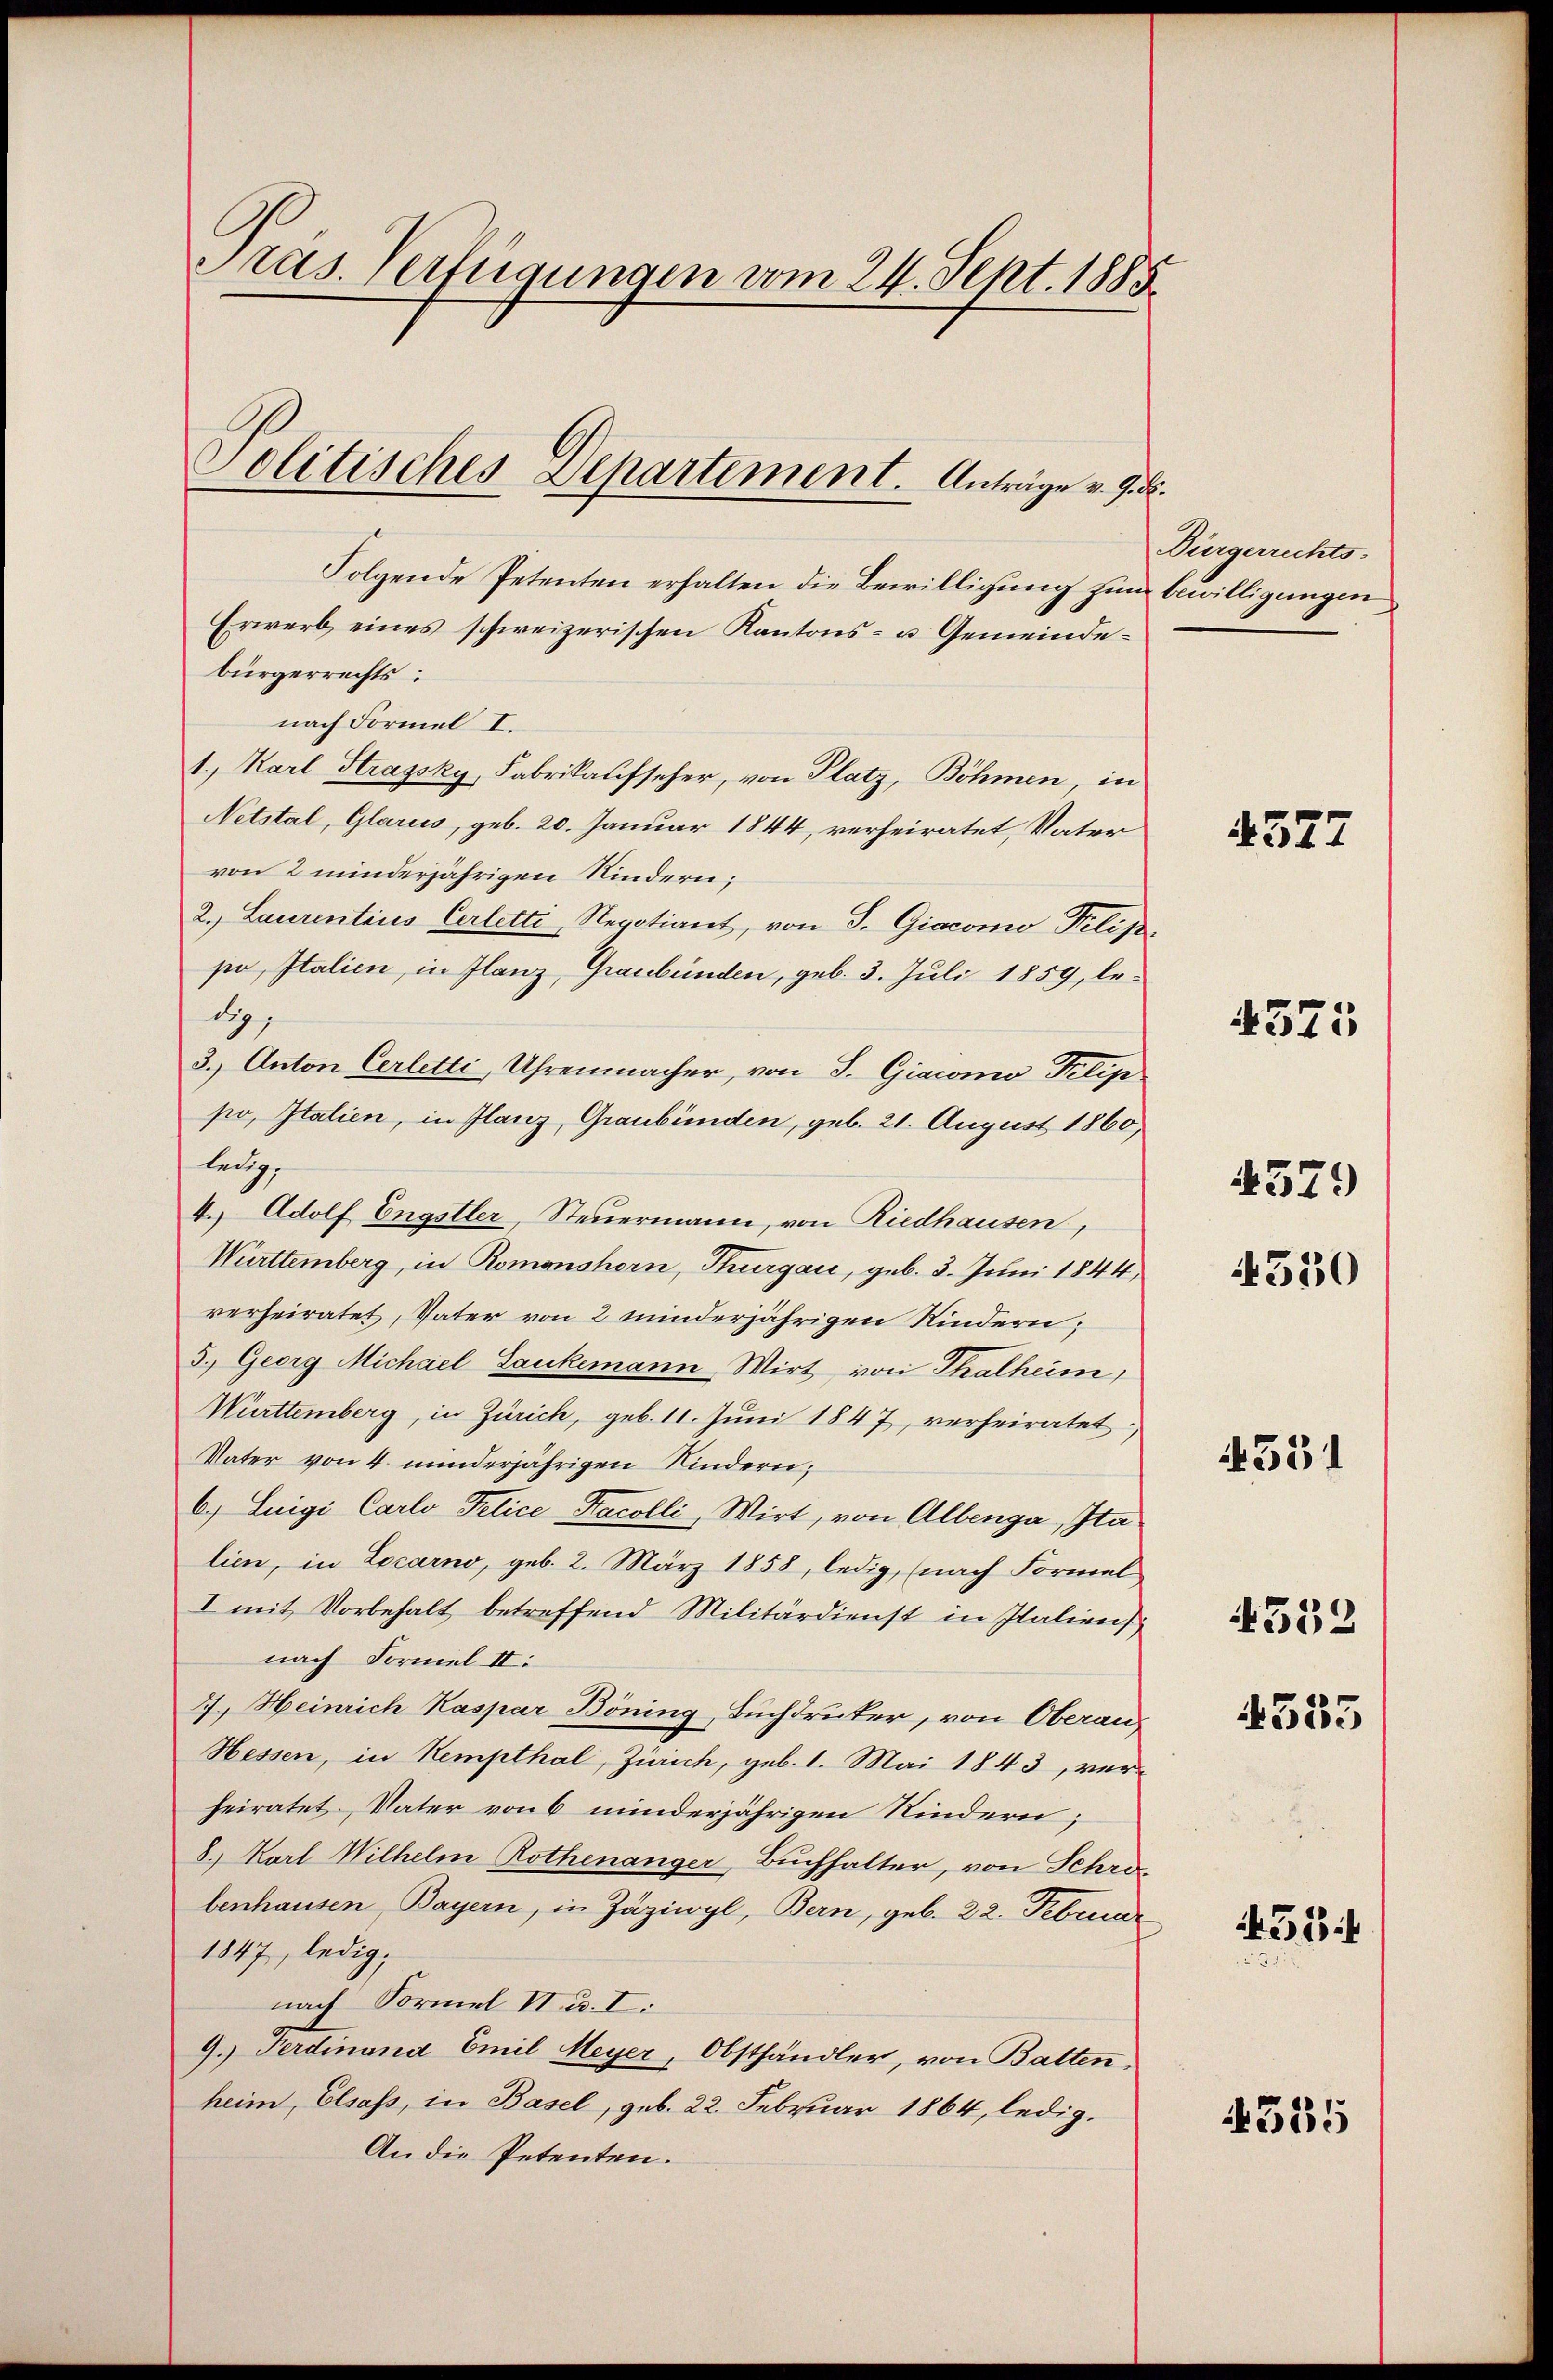
Pras. Verfügungen vom 24. Sept. 1885.

Politisches Departement. Anträge v. 9. d.

Folgende Petenten erhalten die Bewilligung zum bewilligungen
Erwerb eines schweizerischen Kantons- u. Gemeindebürgerrechts:
nach Formel I.
1., Karl Strassky, Fabrikaufseher, von Platz, Böhmen, in
Netstal, Glarus, geb. 20. Januar 1844, verheiratet, Vater
von 2 minderjährigen Kindern;
2. Laurentiis Cerletti, Regotiant, von S. Giacomo Pilip
po, Italien, in Flanz, Graubünden, geb. 3. Juli 1859, led
3.) Anton Cerletti, Uhrenmacher, von S. Giacomo Pilip
po, Italien, in Glanz, Graubünden, geb. 21. August 1860,
leug
4.) Adolf Engstler, Steuermann, von Riedhausen,
Württemberg, in Romonshorn, Thurgau, geb. 3. Juni 1844,
verheiratet, Vater von 2 minderjährigen Kindern;
3.) Georg Michael Jaukemann Wirt von Thalheim,
Württemberg, in Zürich, geb. 11. Jŭni 1847, verheiratet:
Vater von 4 minderjährigen Kindern,
6) Luigi Carlo Pelice-Kacolli, Wirt, von Alberga, Ita
lien, in Locarno, geb. 2. März 1858, ledig, (nach Formel
I mit Vorbehalt betreffend Militärdienst in Italiens
nach Formel II:
7.) Heinrich Kaspar Böning, Buchdruker, von Oberaus
Hessen, in Kempthal, Zürich, geb. 1. Mai 1843, verheiratet, Vater von 6 minderjährigen Kindern;
8. Karl Wilhelm Rothenanger, Buchhalter, von Schröbenhausen, Bayern, in Zäziwyl, Bern, geb. 22. Februar
1847, ledig,
nach Formel VI. u. I.
9.) Ferdinand Emil Meyer, Obsthändler, von Batten,
heim, Elsaß, in Basel, geb. 22. Februar 1864, ledig.
An die Petenten.

Bürgerrechts-

4377

4375

4379

330

4331

4332

4553

453
53

535